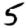
Digit: 5